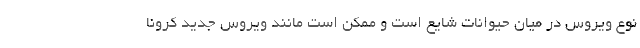
نوع ویروس در میان حیوانات شایع است و ممکن است مانند ویروس جدید کرونا